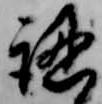
認